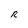
Character: R